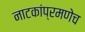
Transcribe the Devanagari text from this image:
नाटकांप्रमणेच